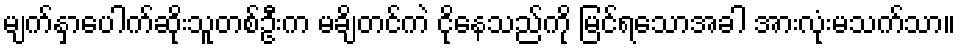
မျက်နှာပေါက်ဆိုးသူတစ်ဦးက မချိတင်ကဲ ငိုနေသည်ကို မြင်ရသောအခါ အားလုံးမသက်သာ။